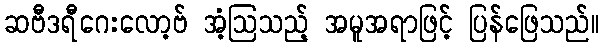
ဆဗီဒရီဂေးလော့ဗ် အံ့ဩသည့် အမူအရာဖြင့် ပြန်ဖြေသည်။